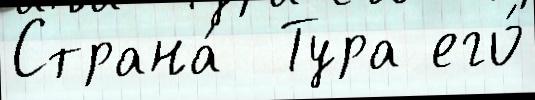
Страна́  Тура его́